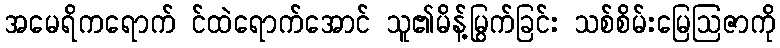
အမေရိကရောက် င်ထဲရောက်အောင် သူ၏မိန့်မြွက်ခြင်း သစ်စိမ်းမြေဩဇာကို